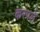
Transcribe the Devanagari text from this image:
करपले